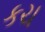
કચ